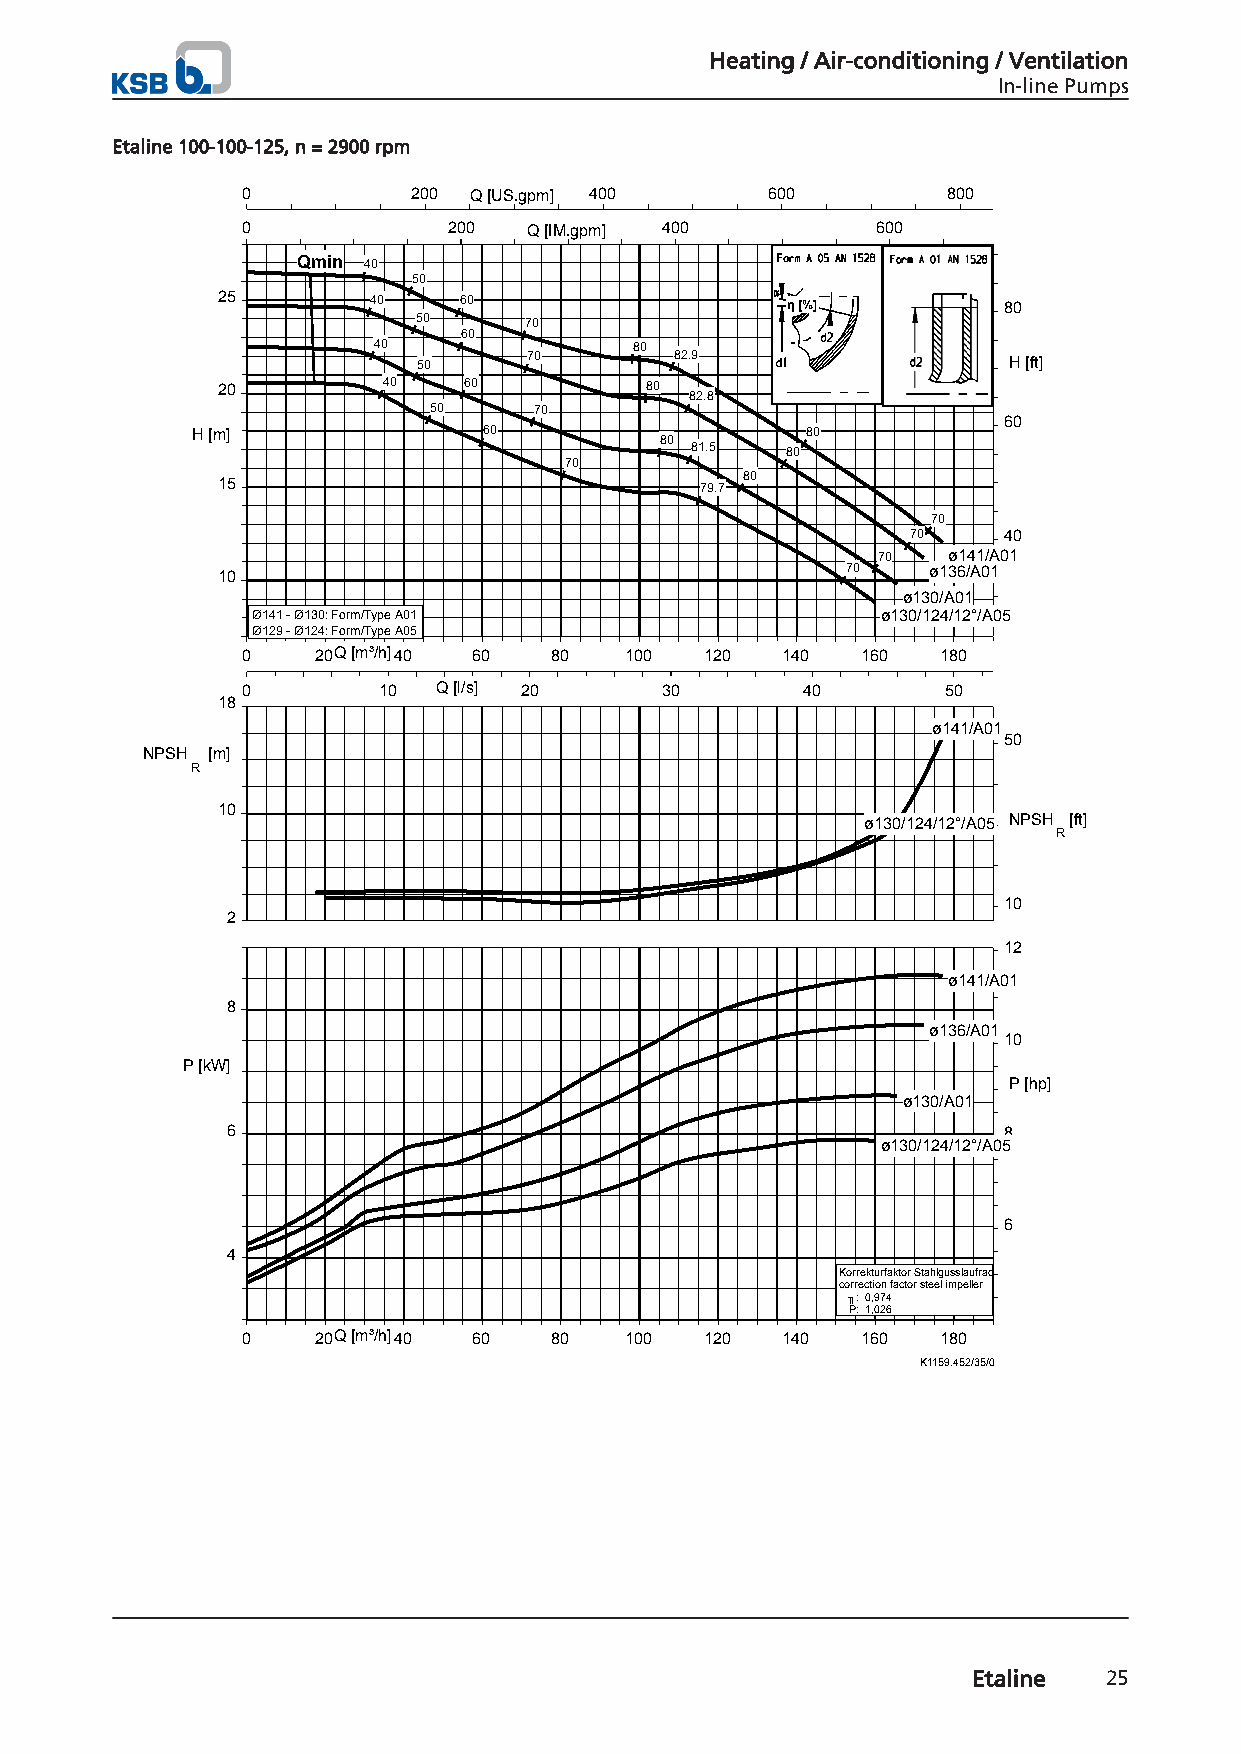
Heating / Air-conditioning / Ventilation
 In-line Pumps
 Etaline 100-100-125, n = 2900 rpm
 0          200 Q [US.gpm] 400      600         800
 0             200  Q [IM.gpm] 400         600
 Qmin 40
 50
 25         40   60                    η [%]         80
 50      70
 60
 40               80
 50     70        82.9                  H [ft]
 20         40    60          80
 82.8
 50     70
 60
 H [m]              60                   80
 80
 81.5  80
 70
 15                                 80
 79.7
 70
 70    40
 70   ø141/A01
 10                                        70   ø136/A01
 ø130/A01
 Ø141 - Ø130: Form/Type A01               ø130/124/12°/A05
 Ø129 - Ø124: Form/Type A05
 0    20Q [m³/h]40 60 80  100   120  140  160  180
 0        10  Q [l/s] 20     30       40        50
 18
 ø141/A01
 50
 NPSH [m]
 R
 10
 ø130/124/12°/A05 NPSH [ft]
 R
 10
 2
 12
 ø141/A01
 8
 ø136/A01
 10
 P [kW]
 P [hp]
 ø130/A01
 6                                                  8
 ø130/124/12°/A05
 6
 4
 Korrekturfaktor Stahlgusslaufrad
 correction factor steel impeller
 ╖: 0,974
 P: 1,026
 0    20Q [m³/h]40 60 80  100   120  140  160  180
 K1159.452/35/0
 Etaline  25